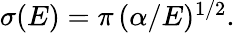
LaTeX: \begin{array}{r}{\sigma(E)=\pi\, (\alpha/E)^{1/2}.}\end{array}